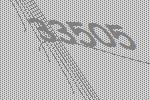
33505